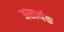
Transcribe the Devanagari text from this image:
असार्थक